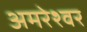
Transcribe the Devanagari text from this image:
अमरेश्‍वर